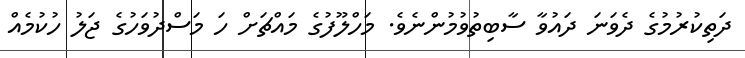
ދަތިކުރުމުގެ ދެވަނަ ދައުވާ ސާބިތުވުމުންނެވެ. މަހްލޫފުގެ މައްޗަށް ހަ މަސްދުވަހުގެ ޖަލު ހުކުމެއް